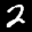
Label: 2